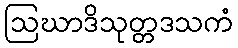
ဩဃာဒိသုတ္တဒသကံ